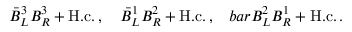
\bar { B } _ { L } ^ { 3 } B _ { R } ^ { 3 } + \mathrm { H . c . } \, , \ \ \ \bar { B } _ { L } ^ { 1 } B _ { R } ^ { 2 } + \mathrm { H . c . } \, , \ \ \, b a r B _ { L } ^ { 2 } B _ { R } ^ { 1 } + \mathrm { H . c . } \, .